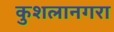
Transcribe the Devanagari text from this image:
कुशलानगरा